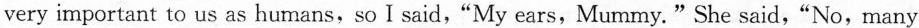
very important to us as humans,so I said,"My ears,Mummy."She said,"No,many